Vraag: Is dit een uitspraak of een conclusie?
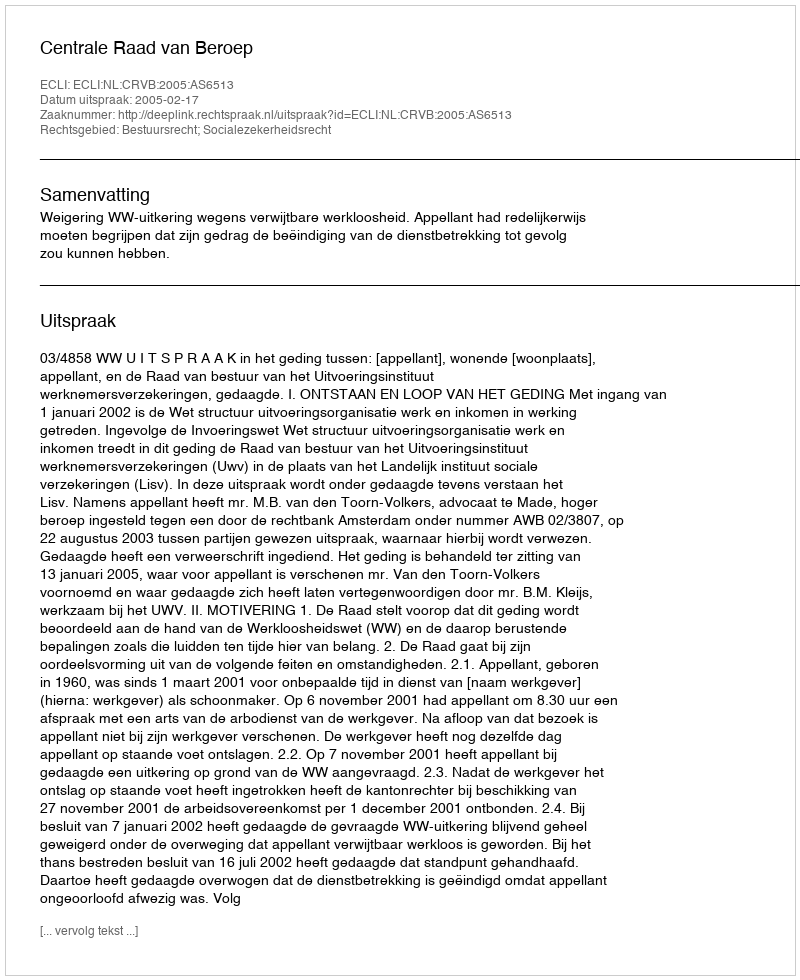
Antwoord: Uitspraak